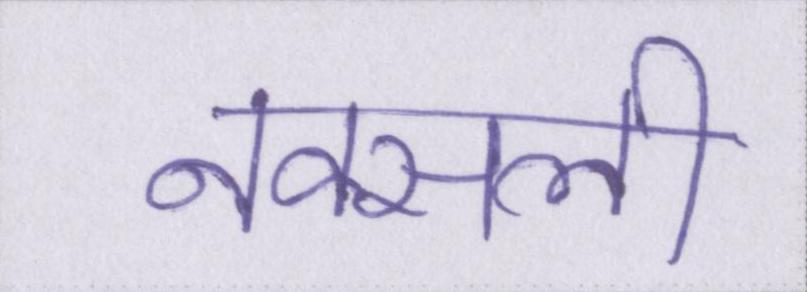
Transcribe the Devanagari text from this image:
नक्सली